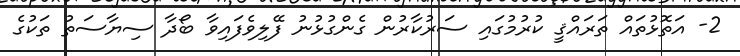
2- އަތޮޅުތައް ތަރައްޤީ ކުރުމުގައި ސަރުކާރުން ގެންގުޅުނު ފޭލިވެފައިވާ ބޯދާ ސިޔާސަތު ތަކުގެ